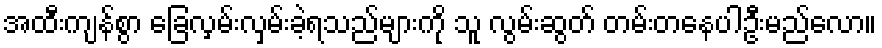
အထီးကျန်စွာ ခြေလှမ်းလှမ်းခဲ့ရသည်များကို သူ လွမ်းဆွတ် တမ်းတနေပါဦးမည်လော။